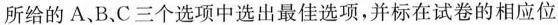
所给的 A、B.C三个选项中选出最佳选项,并标在试卷的相应位